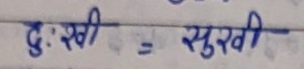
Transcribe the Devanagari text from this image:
दुःखी = सुखी